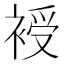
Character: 𧚯